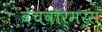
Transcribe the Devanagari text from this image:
बेंचवॉर्मर्स